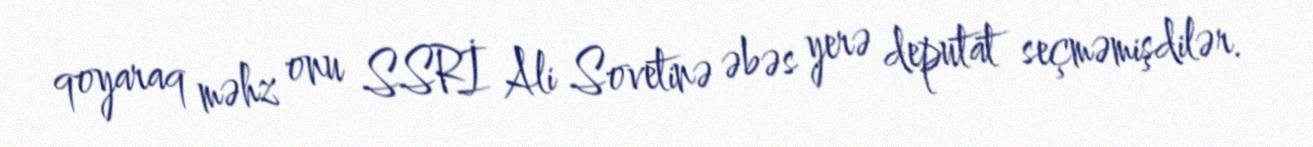
qoyaraq məhz onu SSRİ Ali Sovetinə əbəs yerə deputat seçməmişdilər.